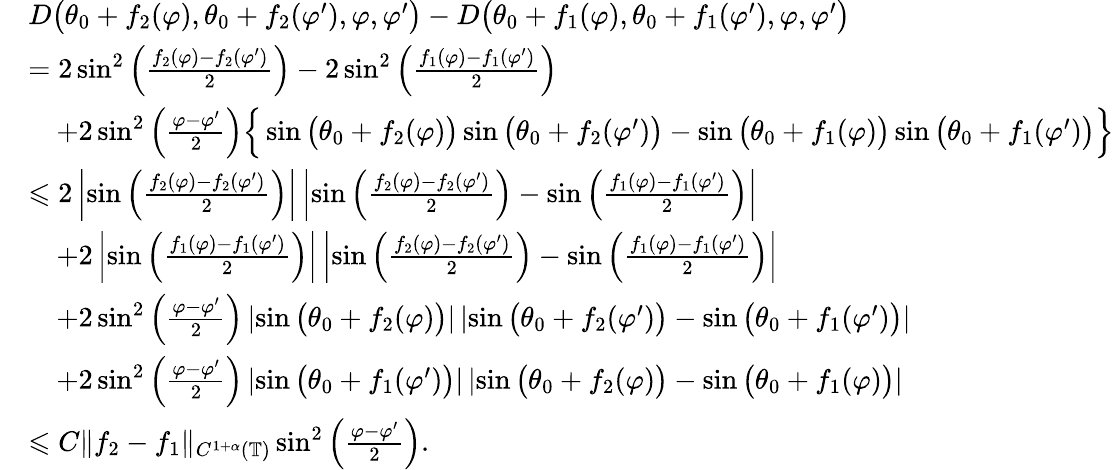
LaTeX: \begin{array}{rl}&{D\big(\theta_{0}+f_{2}(\varphi),\theta_{0}+f_{2}(\varphi^{\prime}),\varphi,\varphi^{\prime}\big)-D\big(\theta_{0}+f_{1}(\varphi),\theta_{0}+f_{1}(\varphi^{\prime}),\varphi,\varphi^{\prime}\big)}\\ &{=2\sin^{2}\left(\frac{f_{2}(\varphi)-f_{2}(\varphi^{\prime})}{2}\right)-2\sin^{2}\left(\frac{f_{1}(\varphi)-f_{1}(\varphi^{\prime})}{2}\right)}\\ &{\quad+2\sin^{2}\left(\frac{\varphi-\varphi^{\prime}}{2}\right)\Big\{ \sin\big(\theta_{0}+f_{2}(\varphi)\big)\sin\big(\theta_{0}+f_{2}(\varphi^{\prime})\big)-\sin\big(\theta_{0}+f_{1}(\varphi)\big)\sin\big(\theta_{0}+f_{1}(\varphi^{\prime})\big)\Big\} }\\ &{\leqslant 2\left|\sin\left(\frac{f_{2}(\varphi)-f_{2}(\varphi^{\prime})}{2}\right)\right|\left|\sin\left(\frac{f_{2}(\varphi)-f_{2}(\varphi^{\prime})}{2}\right)-\sin\left(\frac{f_{1}(\varphi)-f_{1}(\varphi^{\prime})}{2}\right)\right|}\\ &{\quad+2\left|\sin\left(\frac{f_{1}(\varphi)-f_{1}(\varphi^{\prime})}{2}\right)\right|\left|\sin\left(\frac{f_{2}(\varphi)-f_{2}(\varphi^{\prime})}{2}\right)-\sin\left(\frac{f_{1}(\varphi)-f_{1}(\varphi^{\prime})}{2}\right)\right|}\\ &{\quad+2\sin^{2}\left(\frac{\varphi-\varphi^{\prime}}{2}\right)\left|\sin\big(\theta_{0}+f_{2}(\varphi)\big)\right|\left|\sin\big(\theta_{0}+f_{2}(\varphi^{\prime})\big)-\sin\big(\theta_{0}+f_{1}(\varphi^{\prime})\big)\right|}\\ &{\quad+2\sin^{2}\left(\frac{\varphi-\varphi^{\prime}}{2}\right)\left|\sin\big(\theta_{0}+f_{1}(\varphi^{\prime})\big)\right|\left|\sin\big(\theta_{0}+f_{2}(\varphi)\big)-\sin\big(\theta_{0}+f_{1}(\varphi)\big)\right|}\\ &{\leqslant C\| f_{2}-f_{1}\| _{C^{1+\alpha}(\mathbb{T})}\sin^{2}\left(\frac{\varphi-\varphi^{\prime}}{2}\right).}\end{array}